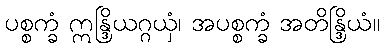
ပစ္စက္ခံ ဣန္ဒြိယဂ္ဂယှံ၊ အပစ္စက္ခံ အတိန္ဒြိယံ။